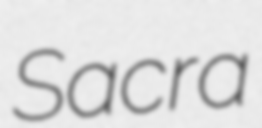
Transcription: Sacra